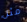
مثل